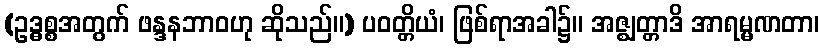
(ဥဒ္ဓစ္စအတွက် ဖန္ဒနဘာဝဟု ဆိုသည်။) ပဝတ္တိယံ၊ ဖြစ်ရာအခါ၌။ အဇ္ဈတ္တာဒိ အာရမ္မဏတာ၊